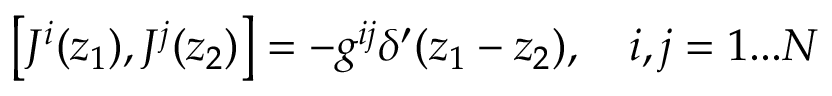
\left[ J ^ { i } ( z _ { 1 } ) , J ^ { j } ( z _ { 2 } ) \right] = - g ^ { i j } \delta ^ { \prime } ( z _ { 1 } - z _ { 2 } ) , \quad i , j = 1 . . . N